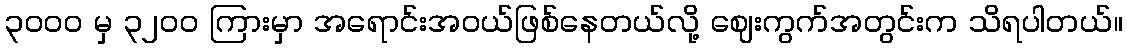
၃၀၀၀ မှ ၃၂၀၀ ကြားမှာ အရောင်းအဝယ်ဖြစ်နေတယ်လို့ ဈေးကွက်အတွင်းက သိရပါတယ်။